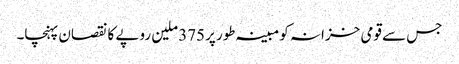
جس سے قومی خزانہ کو مبینہ طور پر375 ملین روپے کا نقصان پہنچا۔